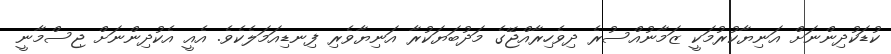
ކުޑަކުދިންނަށް އަނިޔާކުރުމަކީ ޒަމާނުއްސުރެ ދިވެހިރާއްޖޭގެ މަދުބަޔަކުރާ އަނިޔާވެރި ފިނޑިއަމަލެކެވެ. އެއީ އެކުދިންނަށް ޖިސްމާނީ